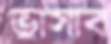
ভাসাব